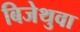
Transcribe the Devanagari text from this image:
बिजेथुवा